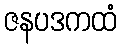
ဇနပဒကထံ